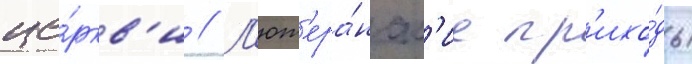
це́ркв'и // Л'ют'ера́нск'ие пр'ихо́ды